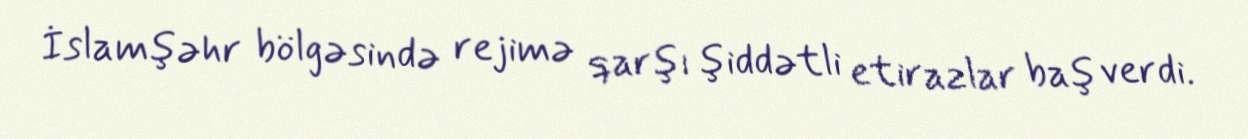
İslamşəhr bölgəsində rejimə qarşı şiddətli etirazlar baş verdi.